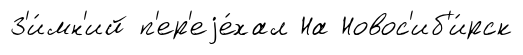
З'и́мн'ий п'ер'еjе́хал На Новос'иб'и́рск